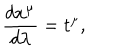
\frac { d x ^ { \mu } } { d \lambda } = t ^ { \mu } ,